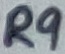
Text: R9